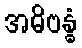
အဓိဗန္ဓံ